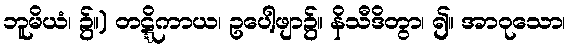
ဘူမိယံ၊ ၌။) တဋ္ဋိကာယ၊ ဥပေါ့ဖျာ၌။ နိသီဒိတွာ၊ ၍။ အာဝုသော၊